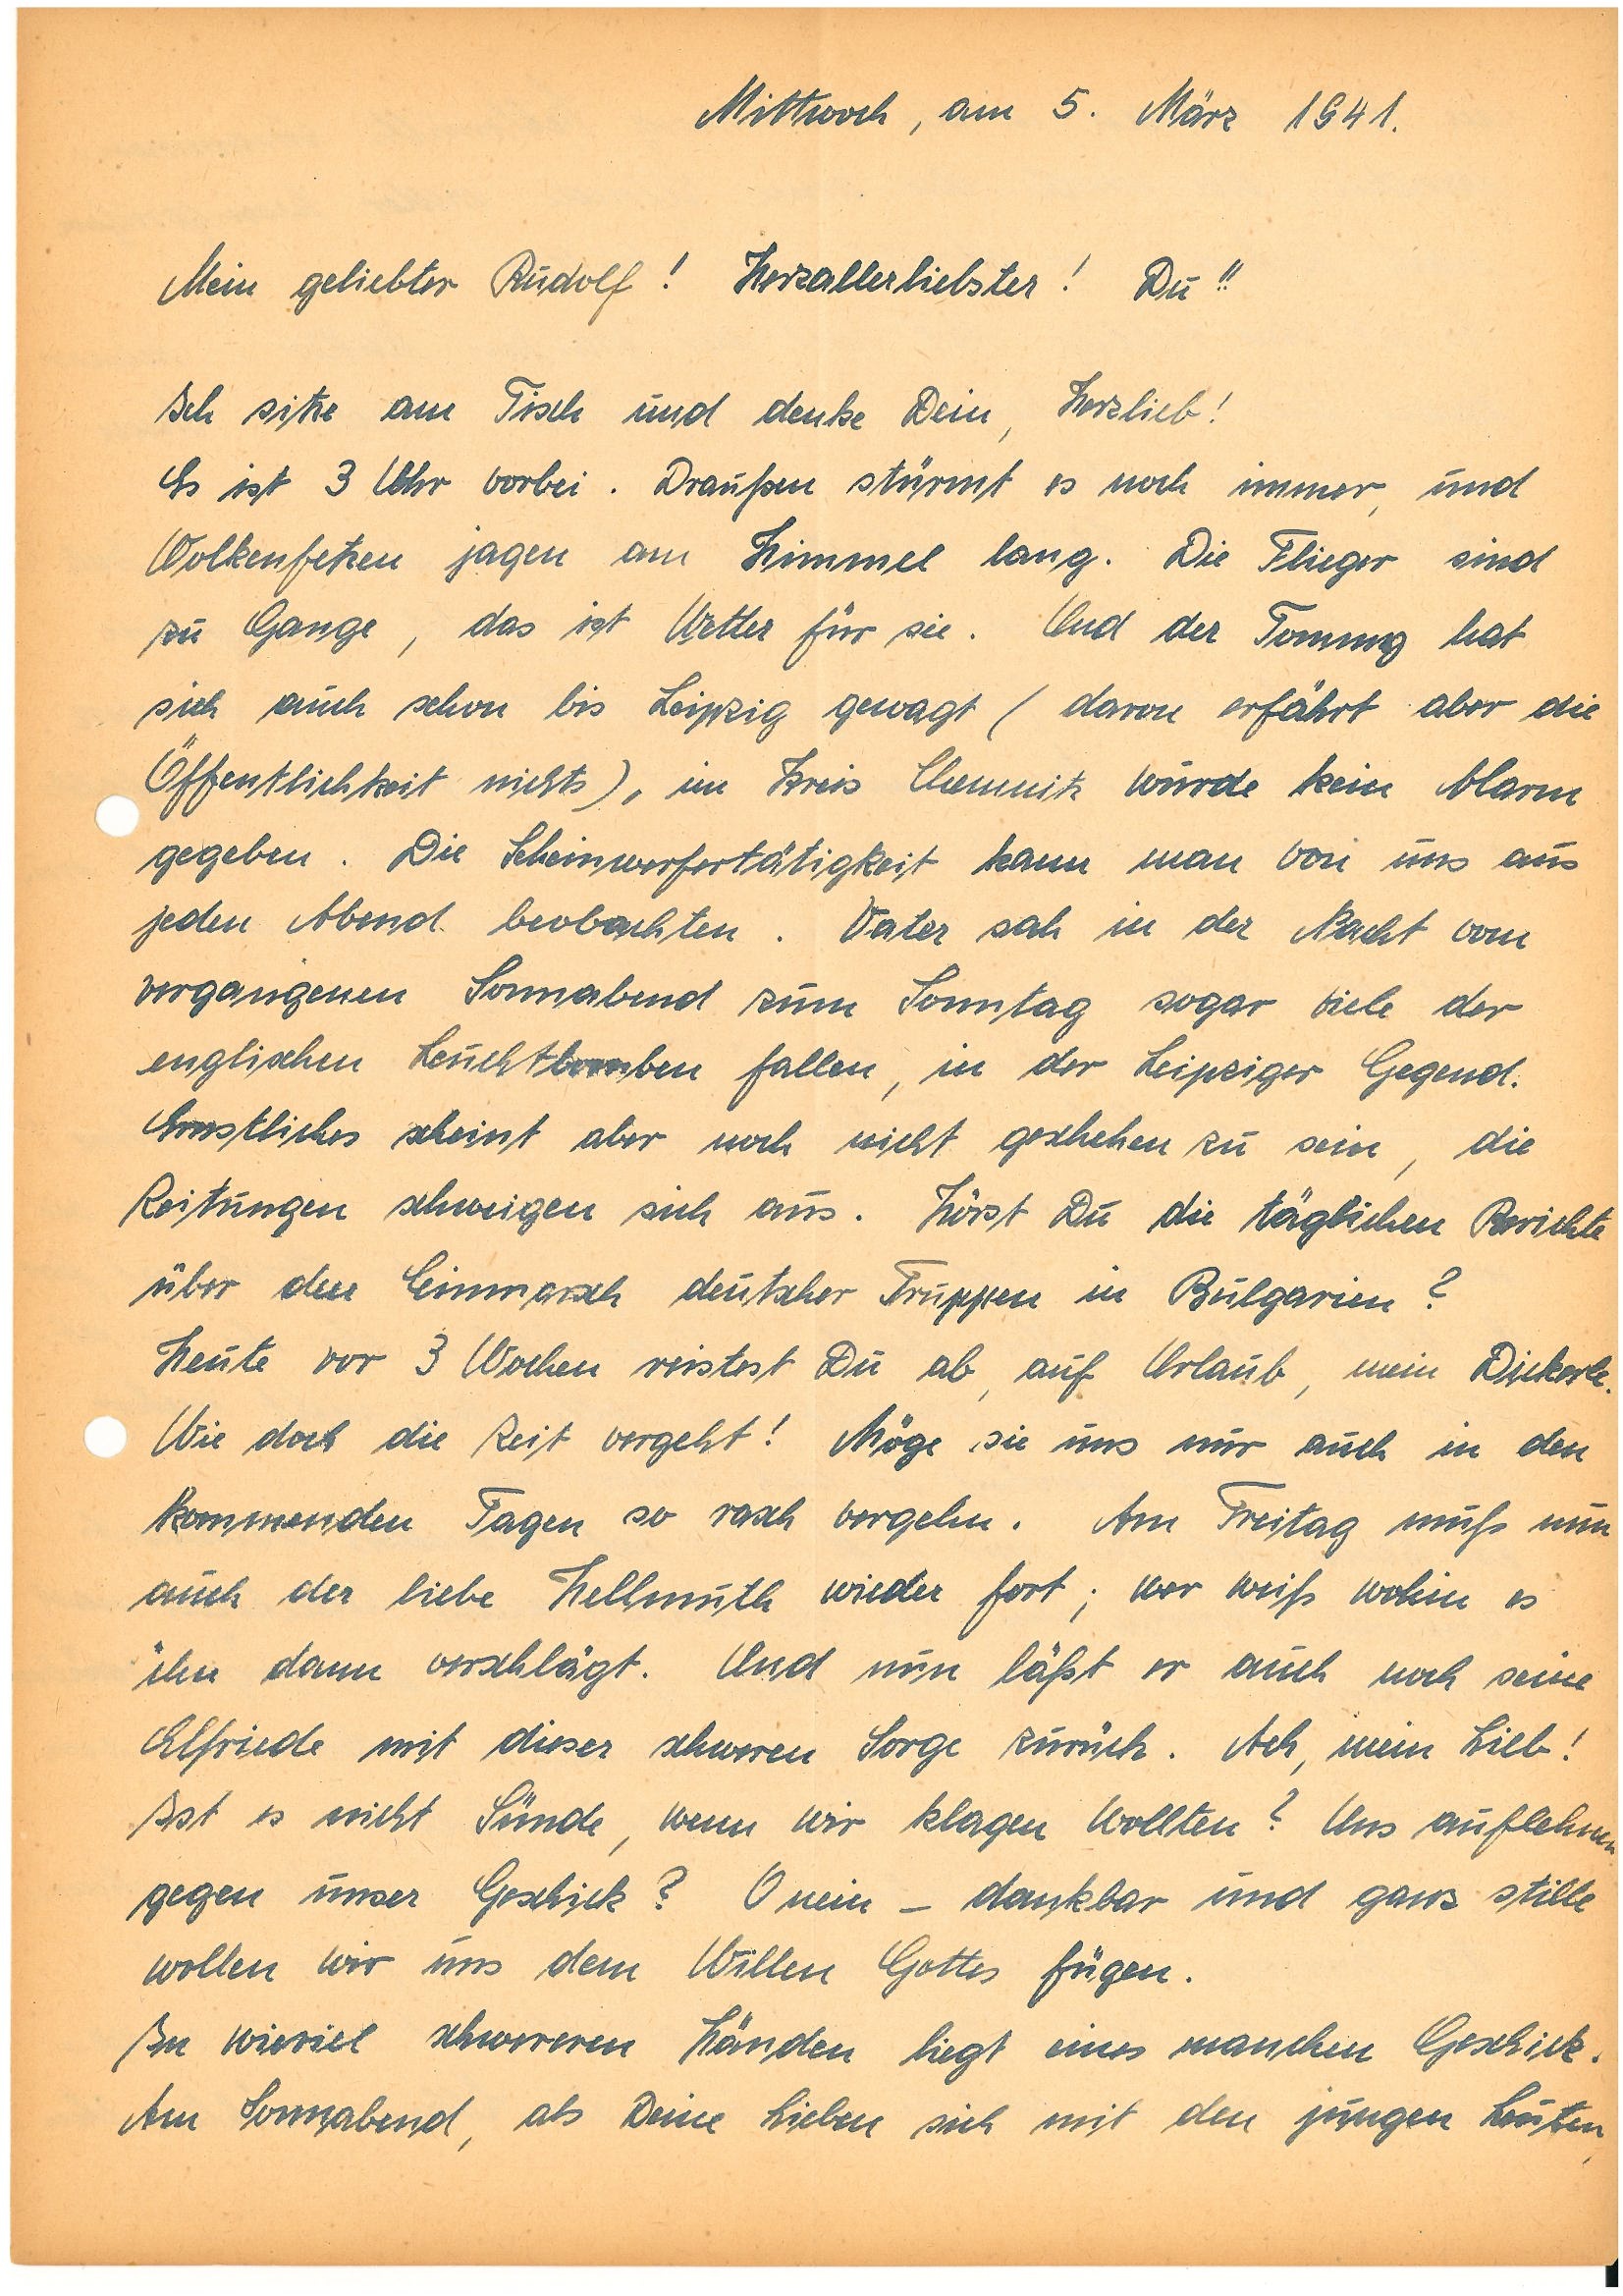
Mittwoch, am 5. März 1941.
Mein geliebter ! Herzallerliebster! Du!!
Ich sitze am Tisch und denke Dein, Herzlieb!
Es ist 3 Uhr vorbei. Draußen stürmt es noch immer und
Wolkenfetzen jagen am Himmel lang. Die Flieger sind
zu Gange, das ist Wetter für sie. Und der Tommy hat
sich auch schon bis Leipzig gewagt (davon erfährt aber die
Öffentlichkeit nichts), im Kreis Chemnitz wurde kein Alarm
gegeben. Die Scheinwerfertätigkeit kann man von uns aus
jeden Abend beobachten. Vater sah in der Nacht vom
vergangenen Sonnabend zum Sonntag sogar viele der
englischen Leuchtbomben fallen, in der Leipziger Gegend.
Ernstliches scheint aber noch nicht geschehen zu sein, die
Zeitungen schweigen sich aus. Hörst Du die täglichen Berichte
über den Einmarsch deutscher Truppen in Bulgarien?
Heute vor 3 Wochen reistest Du ab, auf Urlaub, mein Dickerle.
Wie doch die Zeit vergeht! Möge sie und nur auch in den
kommenden Tagen so rasch vergehen. Am Freitag muß nun
auch der liebe H. wieder fort; wer weiß wohin es
ihn dann verschlägt. Und nun läßt er auch noch seine
E. mit dieser schweren Sorge zurück. Ach, mein Lieb!
Ist es nicht Sünde, wenn wir klagen wollten? Und auflehnen
gegen unser Geschick? O nein – dankbar und ganz stille
wollen wir uns dem Willen Gottes fügen.
In wieviel schwereren Händen liegt eines manchen Geschick.
Am Sonnabend, als Deine Lieben sich mit den jungen Leuten